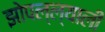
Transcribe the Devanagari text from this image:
झोपल्ल्याली